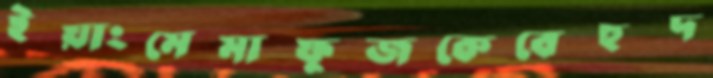
ইয়াংমেমাফুজকেবেহুদ